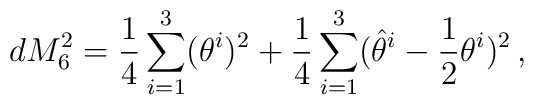
d M^2_6 = \frac{1}{4}\sum_{i=1}^3 (\theta^i)^2+ \frac{1}{4} \sum_{i=1}^3 (\hat \theta^i - \frac{1}{2}\theta^i)^2 \,,